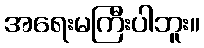
အရေးမကြီးပါဘူး။